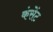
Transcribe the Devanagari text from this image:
कंसेंट